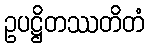
ဥပဋ္ဌိတဿတိတံ